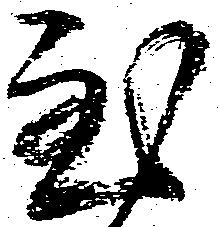
至